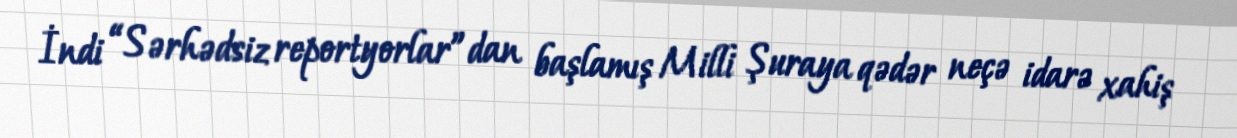
İndi “Sərhədsiz reportyorlar”dan başlamış Milli Şuraya qədər neçə idarə xahiş